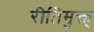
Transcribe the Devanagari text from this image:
रीतिमुक्त्